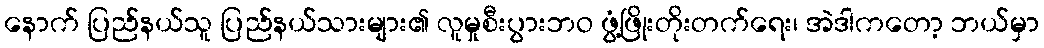
နောက် ပြည်နယ်သူ ပြည်နယ်သားများ၏ လူမှုစီးပွားဘဝ ဖွံ့ဖြိုးတိုးတက်ရေး၊ အဲဒါကတော့ ဘယ်မှာ